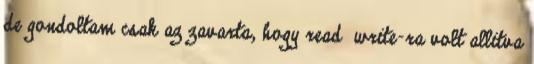
de gondoltam csak az zavarta, hogy read write-ra volt allitva